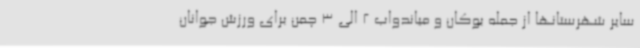
سایر شهرستانها از جمله بوکان و میاندواب 2 الی 3 چمن برای ورزش جوانان